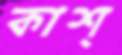
কাশ্‌